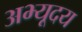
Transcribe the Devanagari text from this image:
अभ्यूदय